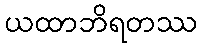
ယထာဘိရတဿ